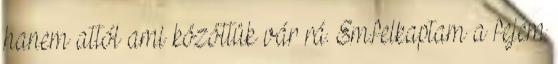
hanem attól ami közöttük vár rá. Em.felkaptam a fejem